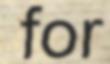
for